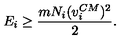
E _ { i } \ge \frac { m N _ { i } ( v _ { i } ^ { C M } ) ^ { 2 } } { 2 } .